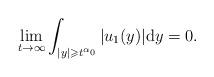
LaTeX: \begin{align*}\lim\limits_{t\to\infty}\int_{|y|\geqslant t^{\alpha_0}}|u_1(y)|\mathrm{d}y=0.\end{align*}